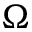
\Omega